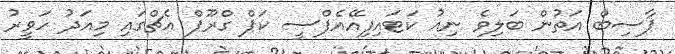
ޕާސިބް އަތުން ބަލިވެ ނިއު ކަޓައިފިއޭއެފްސީ ކަޕް ގްރޫޕް އެޗްގައި މިއަދު ހަވީރު